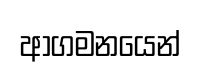
ආගමනයෙන්